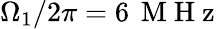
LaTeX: \Omega_{1}/2\pi=6\, \mathrm{~M~H~z~}